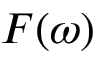
F ( \omega )